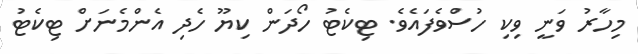
މިހާރު ވަނީ ވިކި ހުސްވެފައެވެ. ޓިކެޓު ހޯދަން ކިޔޫ ހެދި އެންމެނަށް ޓިކެޓު